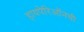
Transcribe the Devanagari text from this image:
हायपेरिऑनची